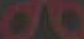
CAO